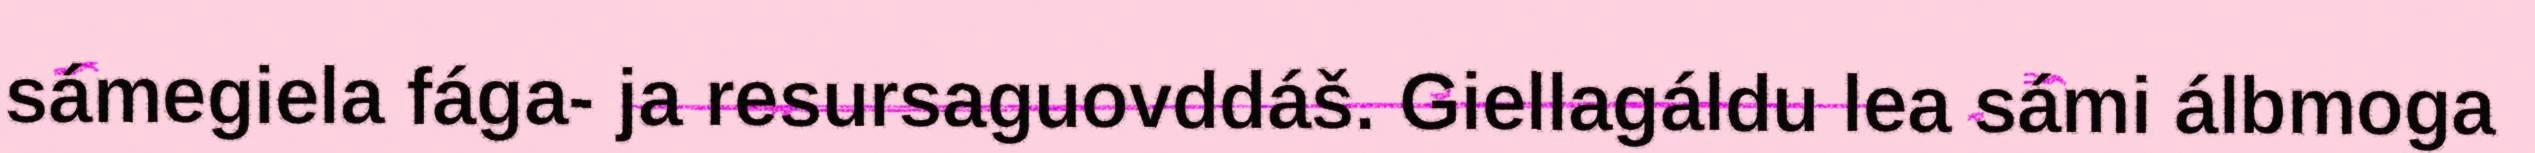
sámegiela fága- ja resursaguovddáš. Giellagáldu lea sámi álbmoga